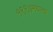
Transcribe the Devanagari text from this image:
१९९७मधल्या